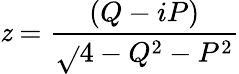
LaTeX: \mathit{z}=\frac{{(Q-iP)}}{{\sqrt{}{{4-Q^{2}-P^{2}}}}}